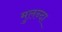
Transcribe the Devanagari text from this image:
मुलन्दा